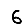
Digit: 6